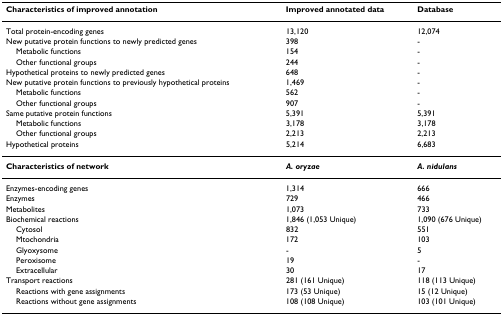
<table><thead><tr><td><b>Characteristics of improved annotation</b></td><td><b>Improved annotated data </b></td><td><b>Database</b></td></tr></thead><tbody><tr><td>Total protein-encoding genes</td><td>13,120</td><td>12,074</td></tr><tr><td>New putative protein functions to newly predicted genes</td><td>398</td><td>-</td></tr><tr><td> Metabolic functions</td><td>154</td><td>-</td></tr><tr><td> Other functional groups</td><td>244</td><td>-</td></tr><tr><td>Hypothetical proteins to newly predicted genes</td><td>648</td><td>-</td></tr><tr><td>New putative protein functions to previously hypothetical proteins</td><td>1,469</td><td>-</td></tr><tr><td> Metabolic functions</td><td>562</td><td>-</td></tr><tr><td> Other functional groups</td><td>907</td><td>-</td></tr><tr><td>Same putative protein functions</td><td>5,391</td><td>5,391</td></tr><tr><td> Metabolic functions</td><td>3,178</td><td>3,178</td></tr><tr><td> Other functional groups</td><td>2,213</td><td>2,213</td></tr><tr><td>Hypothetical proteins</td><td>5,214</td><td>6,683</td></tr><tr><td><b>Characteristics of network </b></td><td><b><i>A. oryzae</i></b></td><td><b><i>A. nidulans</i></b></td></tr><tr><td>Enzymes-encoding genes</td><td>1,314</td><td>666</td></tr><tr><td>Enzymes</td><td>729</td><td>466</td></tr><tr><td>Metabolites</td><td>1,073</td><td>733</td></tr><tr><td>Biochemical reactions</td><td>1,846 (1,053 Unique)</td><td>1,090 (676 Unique)</td></tr><tr><td> Cytosol</td><td>832</td><td>551</td></tr><tr><td> Mtochondria</td><td>172</td><td>103</td></tr><tr><td> Glyoxysome</td><td>-</td><td>5</td></tr><tr><td> Peroxisome</td><td>19</td><td>-</td></tr><tr><td> Extracellular</td><td>30</td><td>17</td></tr><tr><td>Transport reactions</td><td>281 (161 Unique)</td><td>118 (113 Unique)</td></tr><tr><td> Reactions with gene assignments</td><td>173 (53 Unique)</td><td>15 (12 Unique)</td></tr><tr><td> Reactions without gene assignments</td><td>108 (108 Unique)</td><td>103 (101 Unique)</td></tr></tbody></table>